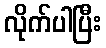
လိုက်ပါပြီး